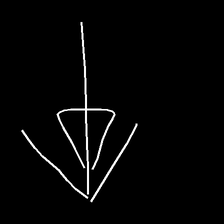
Glyph: pull